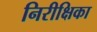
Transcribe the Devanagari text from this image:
निरीक्षिका